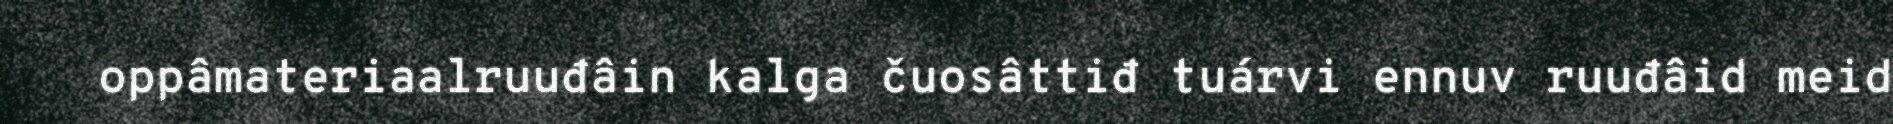
oppâmateriaalruuđâin kalga čuosâttiđ tuárvi ennuv ruuđâid meid